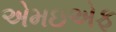
એમઇએફ